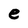
Character: e